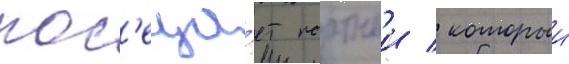
пос'еща́ет портнои / которыи